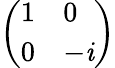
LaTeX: \left(\begin{array}{ll}{1}&{0}\\ {0}&{-\mathit{i}}\end{array}\right)